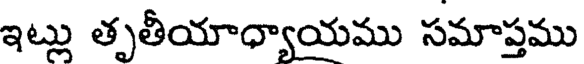
ఇట్లు తృతీయాధ్యాయము సమాప్తము